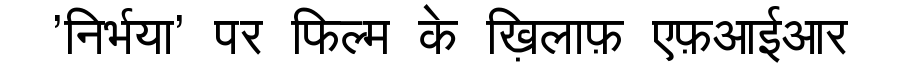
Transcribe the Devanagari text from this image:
'निर्भया' पर फिल्म के ख़िलाफ़ एफ़आईआर